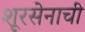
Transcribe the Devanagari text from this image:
शूरसेनाची